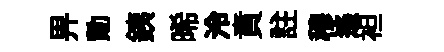
畀勣銕晞泠賁註穆遙袒